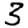
Digit: 3